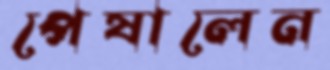
পেষালেন